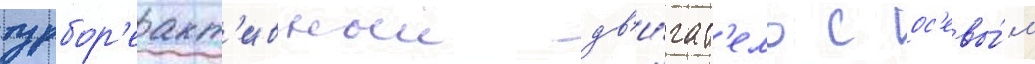
турбор'еакт'ивныи дв'и́гат'ель с ос'евы́м